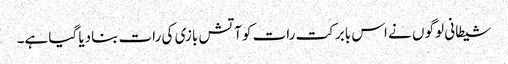
شیطانی لوگو ں نے اس بابرکت رات کوآتش بازی کی رات بنادیا گیا ہے۔